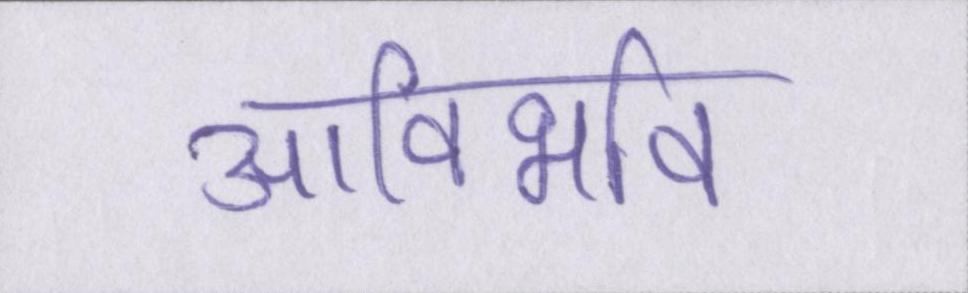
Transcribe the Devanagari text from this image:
आविर्भाव